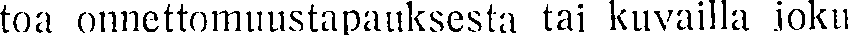
toa onnettomuustapauksesta tai kuvailla joku